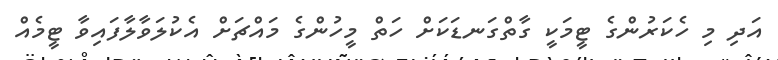
އަދި މި ހެކަރުންގެ ޓީމަކީ ގާތްގަނޑަކަށް ހަތް މީހުންގެ މައްޗަށް އެކުލަވާލާފައިވާ ޓީމެއް